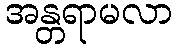
အန္တရာမလာ